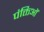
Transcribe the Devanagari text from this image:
पंक्तिओं